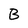
Character: B